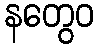
နတွေဝ